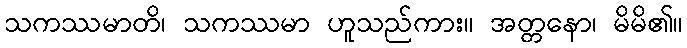
သကဿမာတိ၊ သကဿမာ ဟူသည်ကား။ အတ္တနော၊ မိမိ၏။